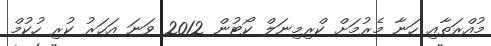
މުއްރަތާއި ހަނާ މެރުމަށް ކްރިމިނަލް ކޯޓުން 2012 ވަނަ އަހަރު ކުރި ހުކުމް